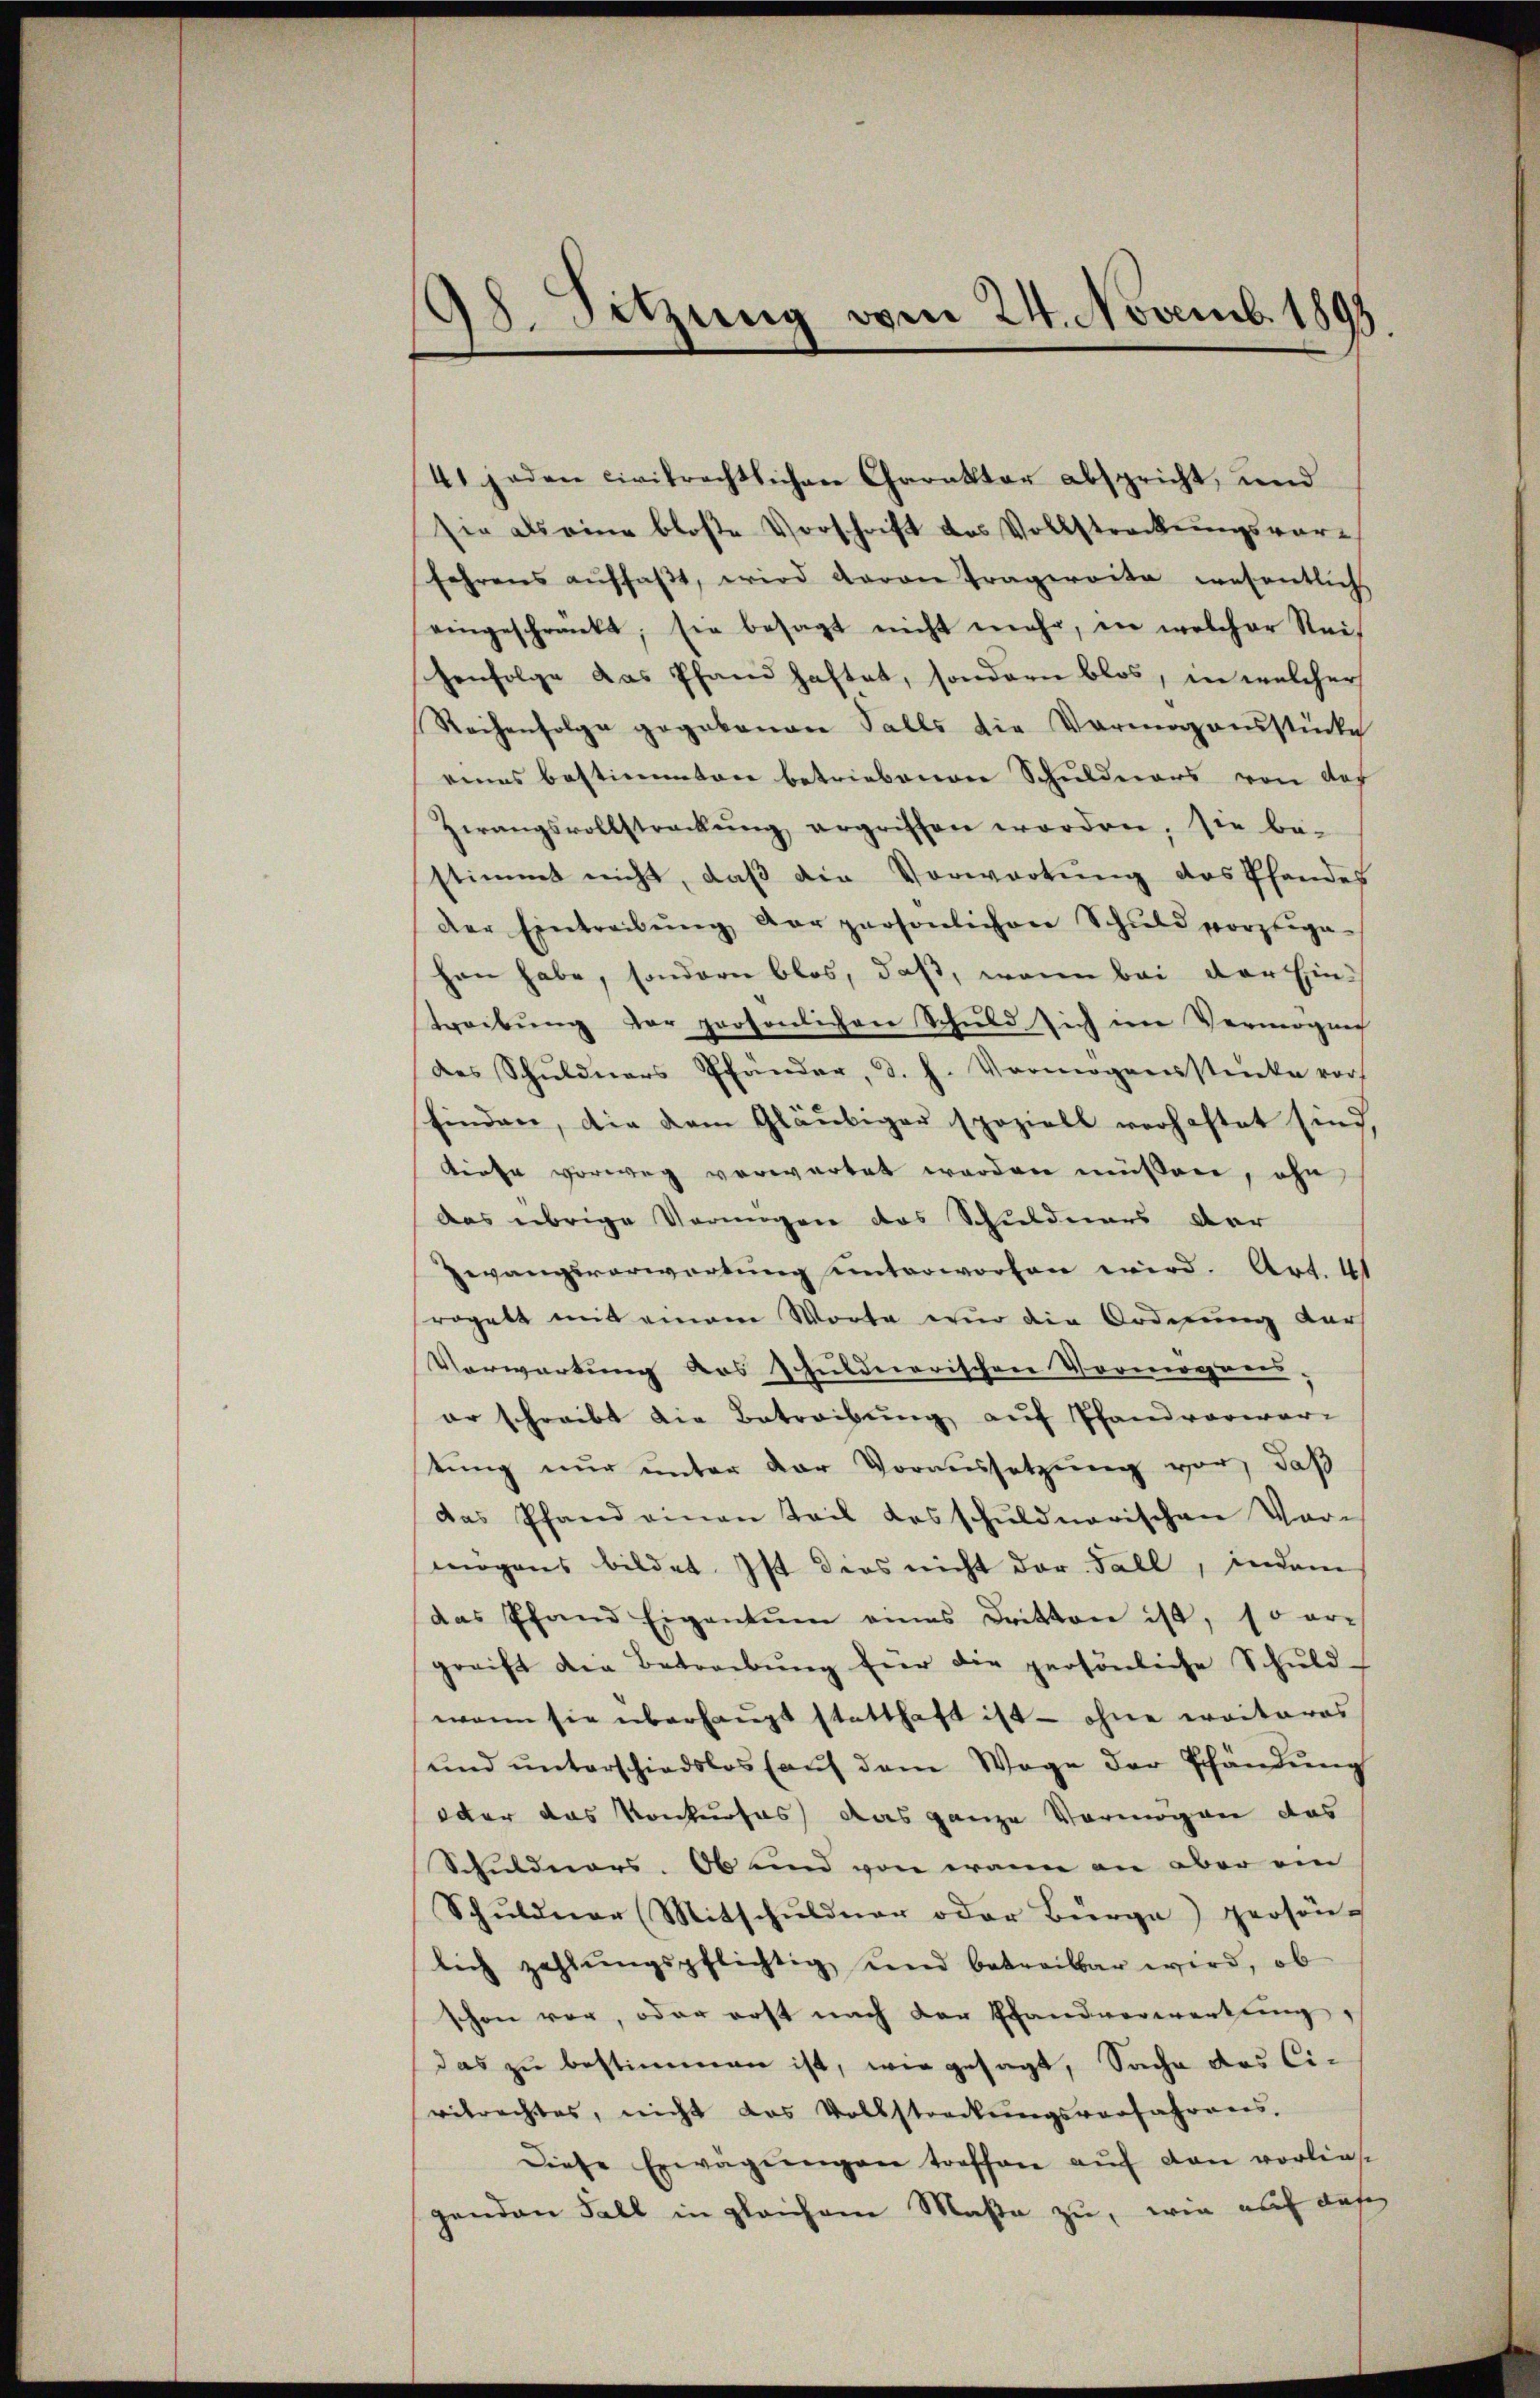
18. Sitzung vom 24. Novemb. 1893.

41 jaden civilrechtlichen Charakter abspricht, und
sie als eine bloße Vorschrift des Vollstreckungsvor-
fahrens aŭffaβt, wird davon Tragereite wesentlich
eingeschränkt; sie besagt nicht mehr, in welcher Reis
henfolge das Pfand haftet, sondern blos, in welcher
Reihenfolge gegebenen Falls die Vermögensstücke
eines bestimmten betriebenen Schuldners von des
Zwangsvollstreckŭng ergriffen worden, sie be-
stimmt nicht, daß die Vorwortung des Pfandes
der Eintreibŭng der persönlichen Schuld vorzeige-
han habe, sondern blos, daß, wenn bei der Ein¬
Treibung der persönlichen Schuld sich nie Vermögens
des Schuldners Pfänder, d. h. Vermögensstücke vor.
finden, die dem Gläubiger speziell verhaftet sind,
kirte vorweg verwartet worden müssen, ohn
das übrige Verungen des Schuldners der
Zwangsverwartung unterworten wird. Art. 41
rogett mit einem Worte nur die Ordnung der
Verwartung des schuldnerischen Vormogenes,
er schreibt die Betreibung auf Pfandvorwar-
stung nur unter der Voraussetzung vor, daß
das Pfand einen Teil das schuldnerischen Vor-
mögens bildet. Ist dies nicht der Fall, indem
das Pfand Eigentum eines Dritten ist, so er-
greift die Betreibŭng für die persönliche Schŭld-
wann sie überhaupt statthaft ist - ohne eraitares
ŭnd ŭnterschiedslos aŭf dem Wage der Pfändŭng
oder das Konkurses das ganze Vermögen das
Schuldners. Ob und von wann an aber ein
Schŭldner Mitschŭldner oder Bürge) persön-
lich zahlŭngspflichtig und betreitbar wird, ob
schon vor, oder erst nach der Pfandvorwerkung,
das zu bestimmen ist, wie gesagt, Sache des Civetrachtes, nicht das Vollstreckŭngsvorfahrens,
Diese Erwägungen treffen auf den vorlies
genden Fall in gleichem Maße zu, wie auf das